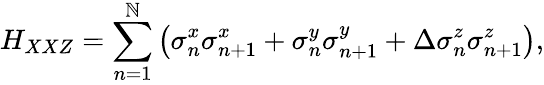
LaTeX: H_{XXZ}=\sum_{n=1}^{\mathbb{N}}\left(\sigma_{n}^{x}\sigma_{n+1}^{x}+\sigma_{n}^{y}\sigma_{n+1}^{y}+\Delta\sigma_{n}^{z}\sigma_{n+1}^{z}\right),